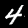
Digit: 4